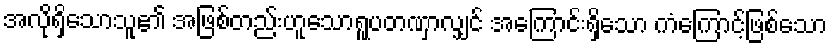
အလိုရှိသောသူ၏ အဖြစ်တည်းဟူသောရူပတဏှာလျှင် အကြောင်းရှိသော ကံကြောင့်ဖြစ်သော